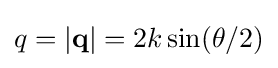
q=|\mathbf {q} |=2k\sin(\theta /2)